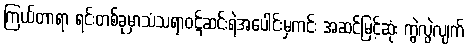
ကြယ်တာရာ ရင်းတစ်ခုမှာသံသရာဝဋ်ဆင်းရဲအပေါင်းမှကင်း အဆင်မြင့်ဆုံး ကွဲလွဲလျက်